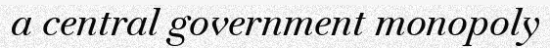
a central government monopoly